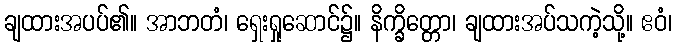
ချထားအပပ်၏။ အာဘတံ၊ ရှေးရှုဆောင်၌။ နိက္ခိတ္တော၊ ချထားအပ်သကဲ့သို့။ ဧဝံ၊